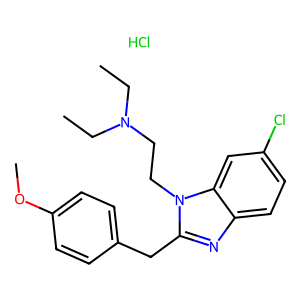
SMILES: CCN(CC)CCn1c(Cc2ccc(OC)cc2)nc2ccc(Cl)cc21.Cl
Inhibits HIV replication: No